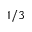
1 / 3